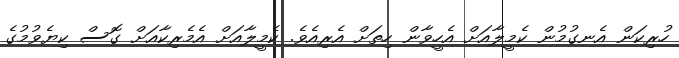
ހުރިކަން އެނގުމުން ކެމީލާއަށް އެހީވާން ހިތަށް އެރިއެވެ. ކެމީލާއަށް އެމެރިކާއަށް ގޮސް ކިޔެވުމުގެ